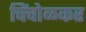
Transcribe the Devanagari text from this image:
चिंचोळकर